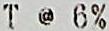
T @ 6%